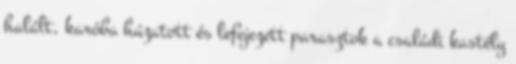
halált, karóba húzatott és lefejezett parasztok a családi kastély